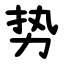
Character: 势